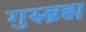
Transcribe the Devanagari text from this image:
गुरुब्रह्म